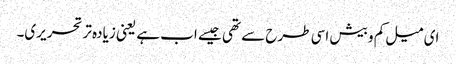
ای میل کم و بیش اسی طرح سے تھی جیسے اب ہے یعنی زیادہ تر تحریری۔